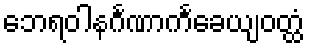
ဘေရဝါနင်္ဂဏာကင်္ခေယျဝတ္ထံ